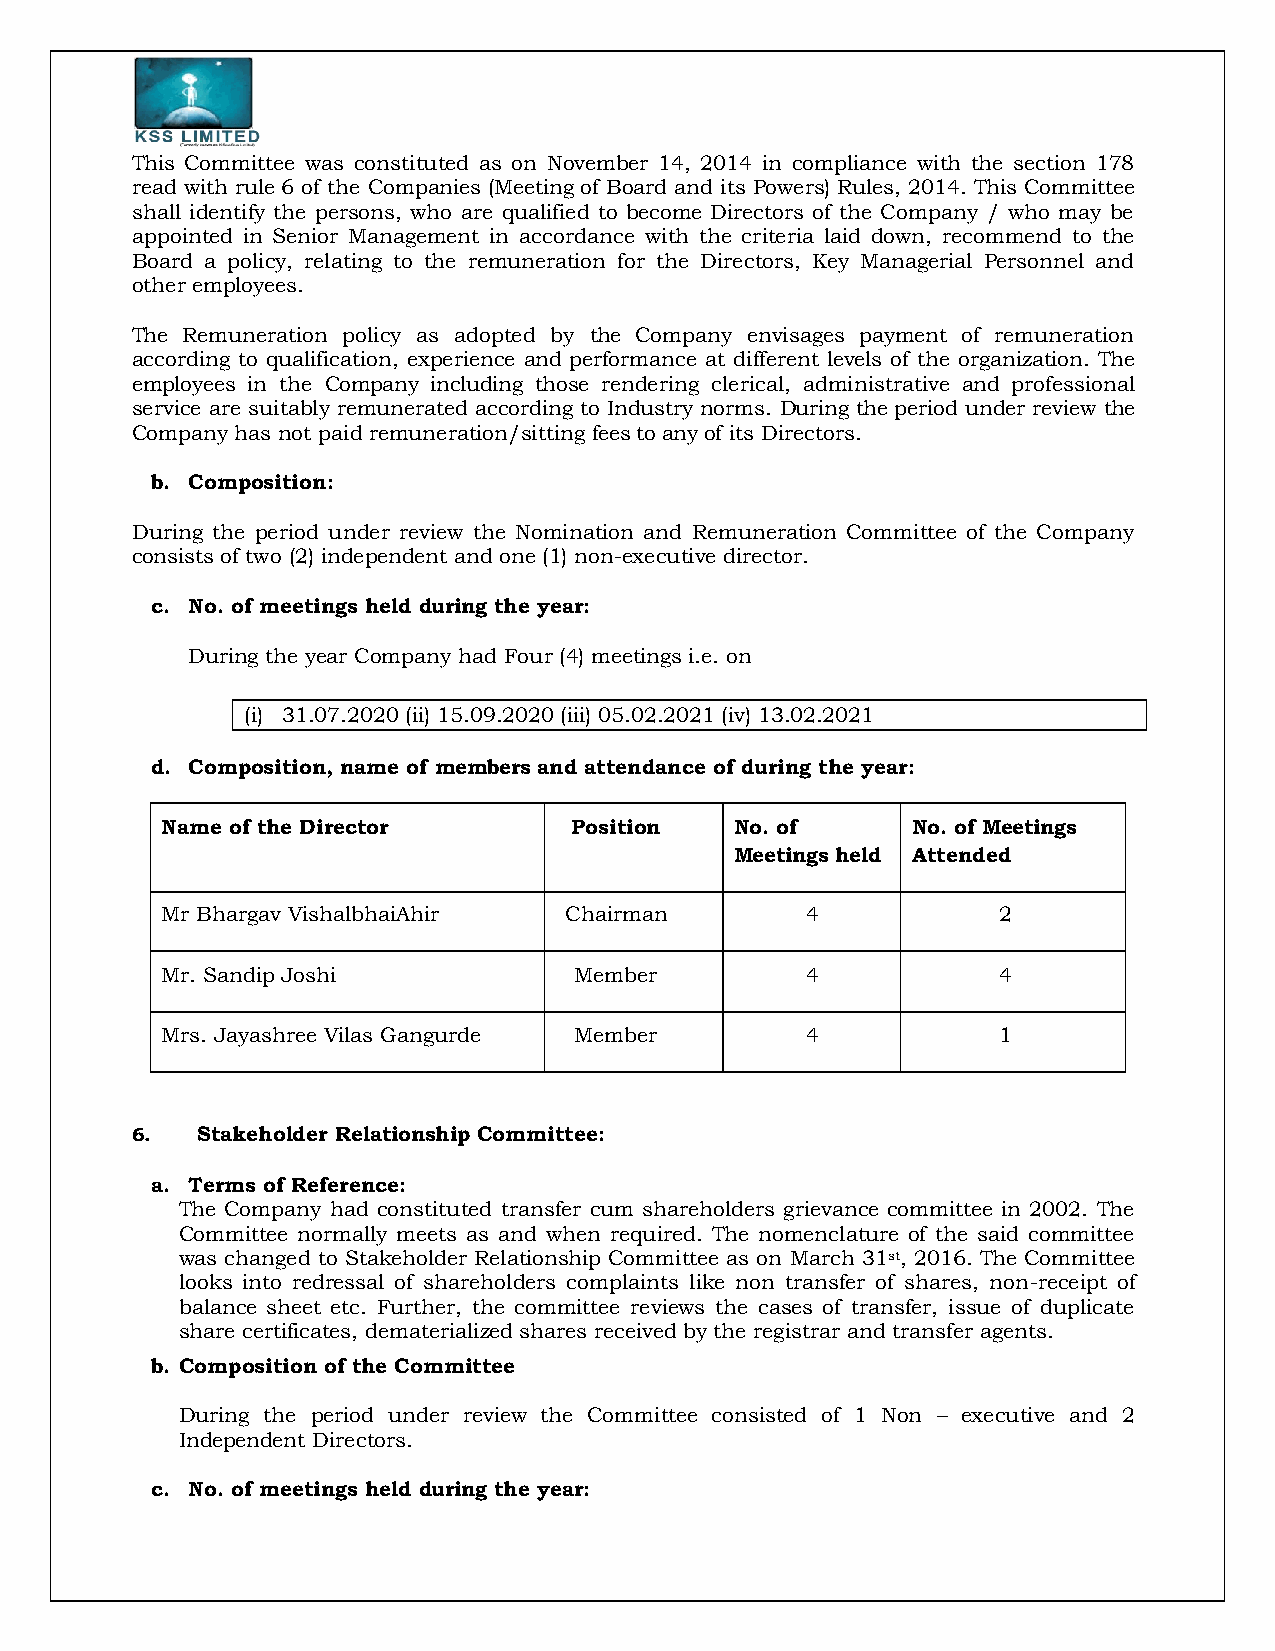
This Committee was constituted as on November 14, 2014 in compliance with the section 178
 read with rule 6 of the Companies (Meeting of Board and its Powers) Rules, 2014. This Committee
 shall identify the persons, who are qualified to become Directors of the Company / who may be
 appointed in Senior Management in accordance with the criteria laid down, recommend to the
 Board a policy, relating to the remuneration for the Directors, Key Managerial Personnel and
 other employees.
 The Remuneration policy as adopted by the Company envisages payment of remuneration
 according to qualification, experience and performance at different levels of the organization. The
 employees in the Company including those rendering clerical, administrative and professional
 service are suitably remunerated according to Industry norms. During the period under review the
 Company has not paid remuneration/sitting fees to any of its Directors.
 b. Composition:
 During the period under review the Nomination and Remuneration Committee of the Company
 consists of two (2) independent and one (1) non-executive director.
 c. No. of meetings held during the year:
 During the year Company had Four (4) meetings i.e. on
 (i) 31.07.2020 (ii) 15.09.2020 (iii) 05.02.2021 (iv) 13.02.2021
 d. Composition, name of members and attendance of during the year:
 Name of the Director       Position   No. of     No. of Meetings
 Meetings held Attended
 Mr Bhargav VishalbhaiAhir Chairman        4            2
 Mr. Sandip Joshi           Member         4            4
 Mrs. Jayashree Vilas Gangurde Member      4            1
 6.  Stakeholder Relationship Committee:
 a. Terms of Reference:
 The Company had constituted transfer cum shareholders grievance committee in 2002. The
 Committee normally meets as and when required. The nomenclature of the said committee
 was changed to Stakeholder Relationship Committee as on March 31st, 2016. The Committee
 looks into redressal of shareholders complaints like non transfer of shares, non-receipt of
 balance sheet etc. Further, the committee reviews the cases of transfer, issue of duplicate
 share certificates, dematerialized shares received by the registrar and transfer agents.
 b. Composition of the Committee
 During the period under review the Committee consisted of 1 Non – executive and 2
 Independent Directors.
 c. No. of meetings held during the year: